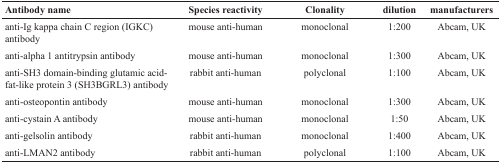
<table><thead><tr><td><b>Antibody name</b></td><td><b>Species reactivity</b></td><td><b>Clonality</b></td><td><b>dilution</b></td><td><b>manufacturers</b></td></tr></thead><tbody><tr><td>anti-Ig kappa chain C region (IGKC) antibody</td><td>mouse anti-human</td><td>monoclonal</td><td>1:200</td><td>Abcam, UK</td></tr><tr><td>anti-alpha 1 antitrypsin antibody</td><td>mouse anti-human</td><td>monoclonal</td><td>1:300</td><td>Abcam, UK</td></tr><tr><td>anti-SH3 domain-binding glutamic acid-fat-like protein 3 (SH3BGRL3) antibody</td><td>rabbit anti-human</td><td>polyclonal</td><td>1:100</td><td>Abcam, UK</td></tr><tr><td>anti-osteopontin antibody</td><td>mouse anti-human</td><td>monoclonal</td><td>1:300</td><td>Abcam, UK</td></tr><tr><td>anti-cystain A antibody</td><td>mouse anti-human</td><td>monoclonal</td><td>1:50</td><td>Abcam, UK</td></tr><tr><td>anti-gelsolin antibody</td><td>rabbit anti-human</td><td>monoclonal</td><td>1:400</td><td>Abcam, UK</td></tr><tr><td>anti-LMAN2 antibody</td><td>rabbit anti-human</td><td>polyclonal</td><td>1:100</td><td>Abcam, UK</td></tr></tbody></table>